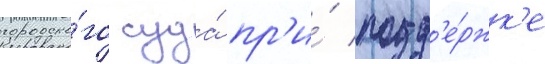
городско́го суда́ пр'и́ подд'е́ржк'е